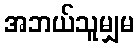
အဘယ်သူမျှမ